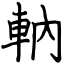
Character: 軜